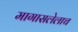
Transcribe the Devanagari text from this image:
मागासलेलाच